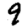
Digit: 9